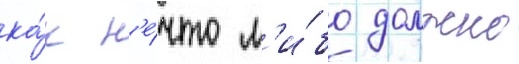
ка́к н'е́что л'и́бо должно